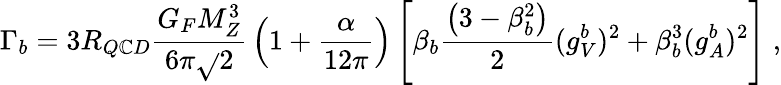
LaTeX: \Gamma_{b}=3R_{Q\mathbb{C}D}{\frac{{G_{F}M_{Z}^{3}}}{{6\pi\sqrt{}{2}}}}\left(1+{\frac{{\alpha}}{{12\pi}}}\right)\left[\beta_{b}{\frac{{\left(3-\beta_{b}^{2}\right)}}{{2}}}(g_{V}^{b})^{2}+\beta_{b}^{3}(g_{A}^{b})^{2}\right]\; ,